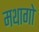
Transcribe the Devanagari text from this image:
मथागो